Lunatic asylums Punjab 1868-1880 - 1868-1880
Year: 1868
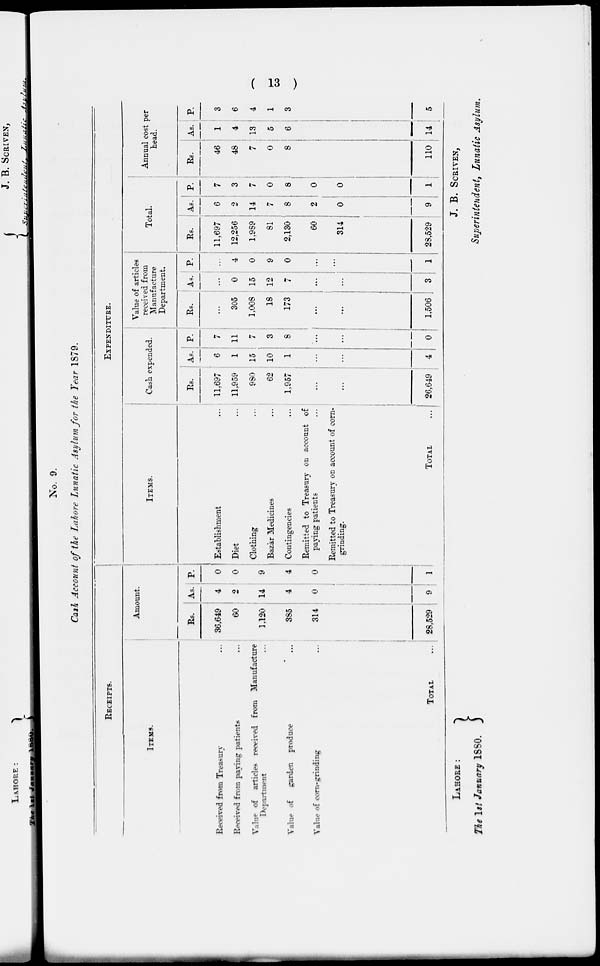
( 13 )
No. 9.
Cash Account of the Lahore Lunatic Asylum for the Year 1879.
RECEIPTS.
ITEMS.
Received from Treasury
Received from paving patients
Value of articles received from Manufacture
Department
Value of garden produce
Value of corn-grinding
TOTAL
Amount.
Rs.
36,649
60
1,120
385
314
28,529
As.
4
2
14
4
0
9
P.
0
0
9
4
0
1
EXPENDITURE.
ITEMS.
Establishment
Diet
Clothing
Bazar Medicines
Contingencies
Remitted to Treasury on account of
paying patients
Remitted to Treasury on account of corn-
grinding.
TOTAL
Cash expended.
Rs.
11,697
11,959
980
62
1,957
...
...
26,649
As.
6
1
15
10
1
...
...
4
P.
7
11
7
3
8
...
...
0
Value of articles
received from
Manufacture
Department.
Rs.
...
305
1,008
18
173
....
...
1,506
As.
...
0
15
12
7
...
...
3
p.
...
4
0
9
0
...
...
1
Total.
Rs.
11,697
12,256
1,989
81
2,130
60
314
28,529
As.
6
2
14
7
8
2
0
9
P.
7
3
7
0
8
0
0
1
Annual cost per
head.
Rs.
46
48
7
0
8
110
As.
1
4
13
5
6
14
P.
3
6
4
1
3
5
LAHORE:
The 1st January 1880.
J. B. SCRIVEN,
Superintendent, Lunatic Asylum.